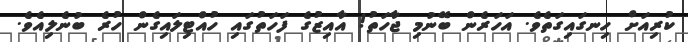
ކުރިއަށް ހިނގައިގަތެވެ. އަހަރެން ބޭނުމި ޖާހަތު! އާއިޒުގެ ފަހަތުގައި ހުއްޓިލައިގެން ހުރެ ބުނެލިއެވެ.